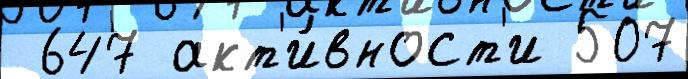
 647 акт'и́вност'и 507